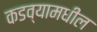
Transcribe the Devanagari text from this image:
कडव्यामधील